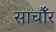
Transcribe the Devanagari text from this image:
साचौँर